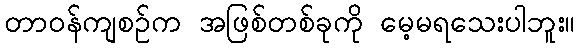
တာဝန်ကျစဉ်က အဖြစ်တစ်ခုကို မေ့မရသေးပါဘူး။